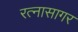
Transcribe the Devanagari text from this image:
रत्नासागर